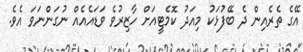
އޭގެ ތެރެއިން ދެ ބޭފުޅަކު މިއަދު ކޮމެޓީއަށް ހާޒިރުވެ ވަޑައެއެއް ނުގަންނަވަ އެވެ.